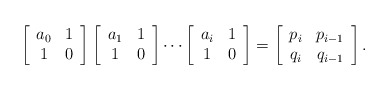
\begin{align*}\left[\begin{array}{cc} a_0 & 1\\ 1 & 0 \end{array}\right]\left[\begin{array}{cc} a_1 & 1\\ 1 & 0 \end{array}\right]\cdots\left[\begin{array}{cc} a_i & 1\\ 1 & 0 \end{array}\right]=\left[\begin{array}{cc} p_i&p_{i-1}\\ q_i&q_{i-1}\end{array}\right]. \end{align*}